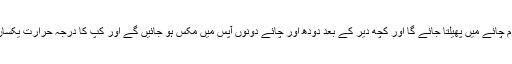
ٹھنڈا دودھ گرم چائے میں پھیلتا جائے گا اور کچھ دیر کے بعد دودھ اور چائے دونوں آپس میں مکس ہو جائیں گے اور کپ کا درجہ حرارت یکساں ہو جائے گا۔